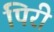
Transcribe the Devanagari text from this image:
पिरी